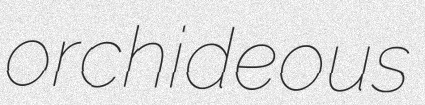
orchideous